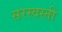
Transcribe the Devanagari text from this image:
सरस्वस्ती